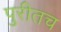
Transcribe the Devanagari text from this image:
पुरीतच